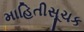
માહિતીસૂચક